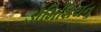
ડોમિશિયનૢ